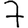
Digit: 7